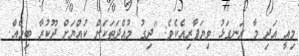
މިއީ އަދި މާ ރަނގަޅު ވިޔަފާރިއެކެވެ: "ދިގު މުއްދަތަކަށް ކުއްޔަށް ދޫކުރާ ބިމެއް.